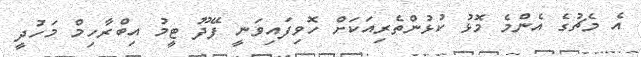
އެ މެޗުގެ އެންމެ މޮޅު ކުޅުންތެރިއަކަށް ހޮވިފައިވަނީ ފޭދޫ ޓީމު އިބްރާހިމް މަހުދީ